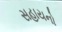
સહાયનો